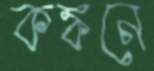
কঙ্কনে